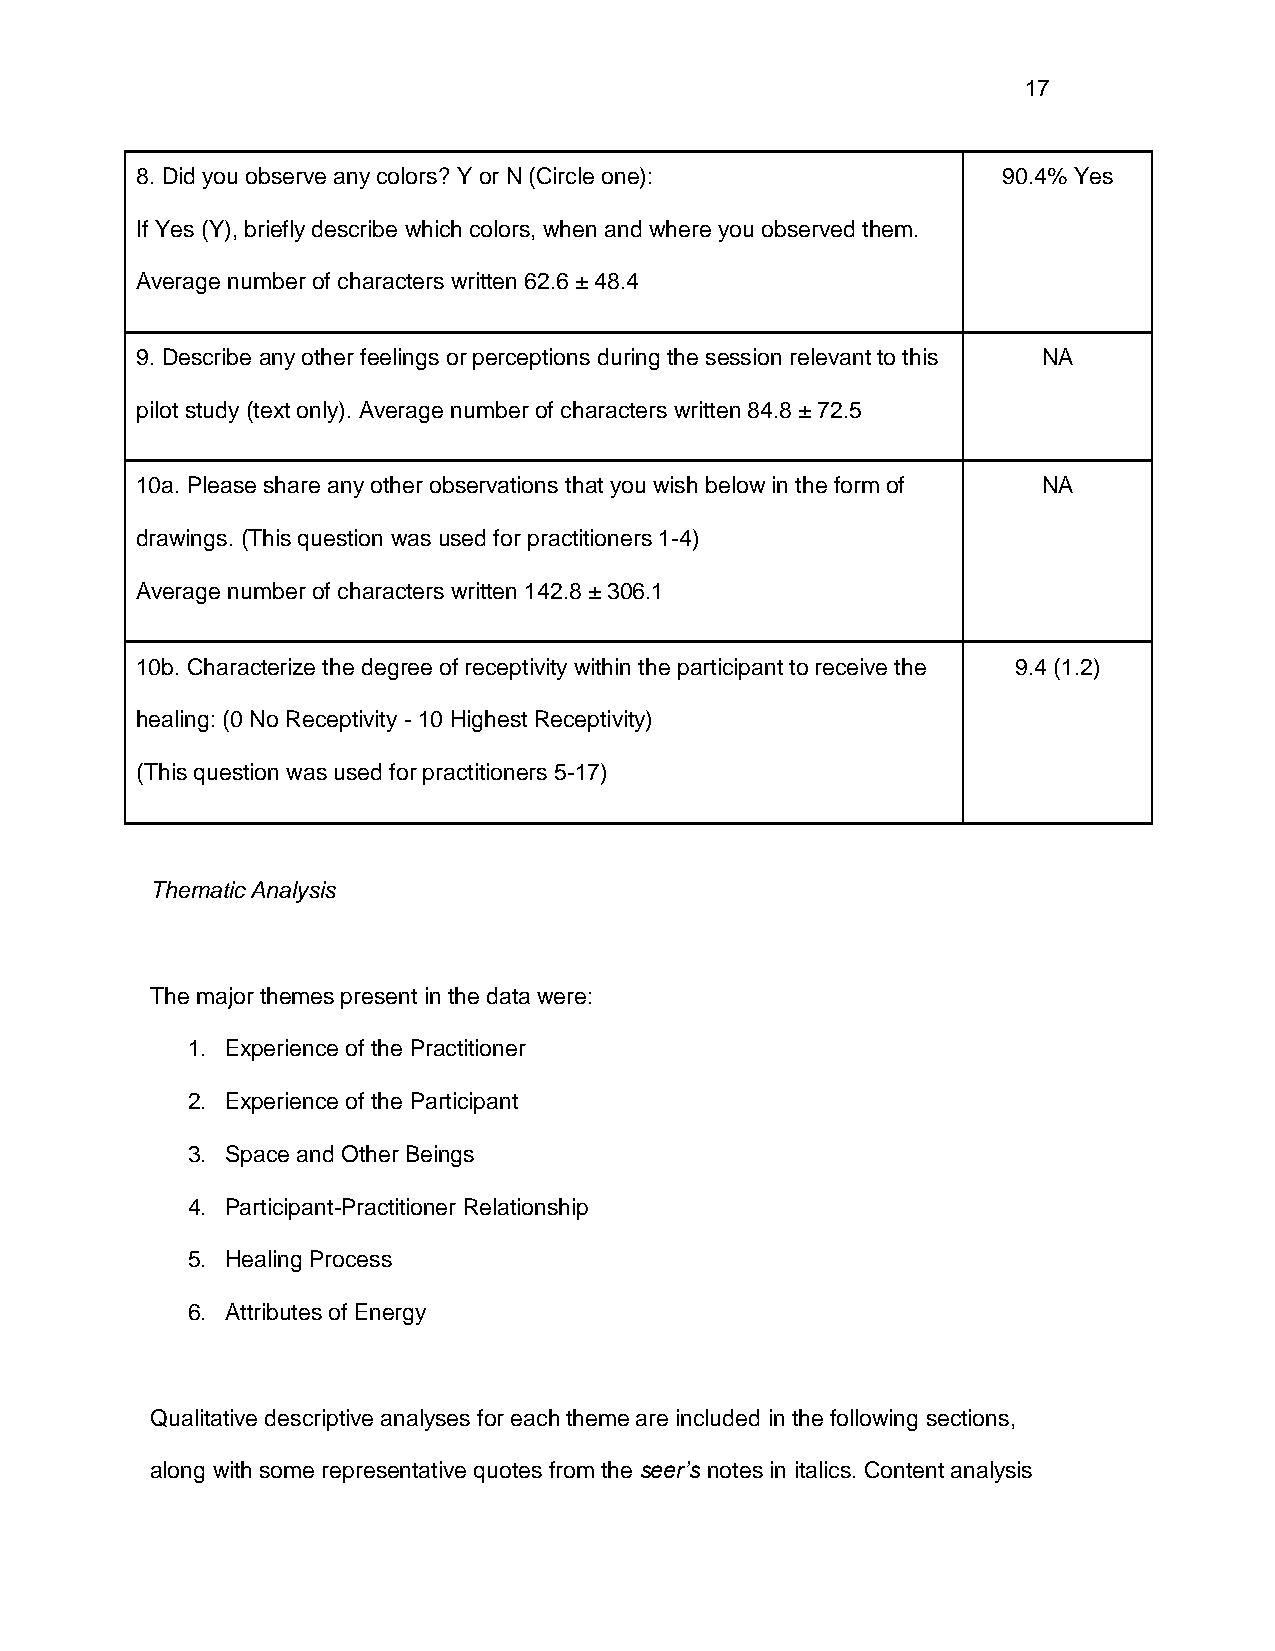
17
 8. Did you observe any colors? Y or N (Circle one):      90.4% Yes
 If Yes (Y), briefly describe which colors, when and where you observed them.
 Average number of characters written 62.6 ± 48.4
 9. Describe any other feelings or perceptions during the session relevant to this NA
 pilot study (text only). Average number of characters written 84.8 ± 72.5
 10a. Please share any other observations that you wish below in the form of NA
 drawings. (This question was used for practitioners 1-4)
 Average number of characters written 142.8 ± 306.1
 10b. Characterize the degree of receptivity within the participant to receive the 9.4 (1.2)
 healing: (0 No Receptivity - 10 Highest Receptivity)
 (This question was used for practitioners 5-17)
 Thematic Analysis
 The major themes present in the data were:
 1. Experience of the Practitioner
 2. Experience of the Participant
 3. Space and Other Beings
 4. Participant-Practitioner Relationship
 5. Healing Process
 6. Attributes of Energy
 Qualitative descriptive analyses for each theme are included in the following sections,
 along with some representative quotes from the seer’s notes in italics. Content analysis